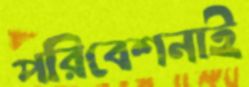
পরিবেশনাই